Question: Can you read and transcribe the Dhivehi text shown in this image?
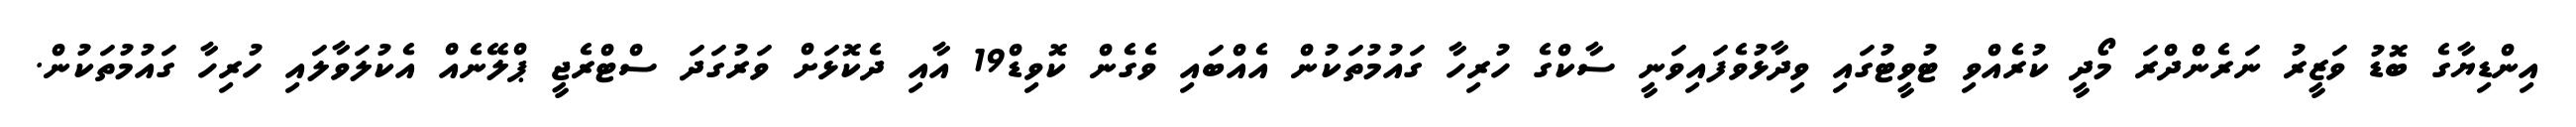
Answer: އިންޑިޔާގެ ބޮޑު ވަޒީރު ނަރެންދްރަ މޯދީ ކުރެއްވި ޓުވީޓުގައި ވިދާޅުވެފައިވަނީ ސާކްގެ ހުރިހާ ގައުމުތަކުން އެއްބައި ވެގެން ކޮވިޑް19 އާއި ދެކޮޅަށް ވަރުގަދަ ސްޓްރެޖީ ޕްލޭނެއް އެކުލަވާލައި ހުރިހާ ގައުމުތަކުން.